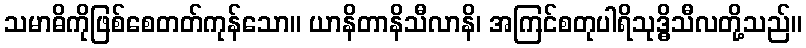
သမာဓိကိုဖြစ်စေတတ်ကုန်သော။ ယာနိတာနိသီလာနိ၊ အကြင်စတုပါရိသုဒ္ဓိသီလတို့သည်။